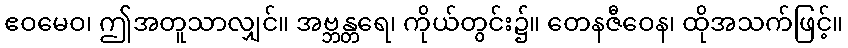
ဧဝမေဝ၊ ဤအတူသာလျှင်။ အဗ္ဘန္တရေ၊ ကိုယ်တွင်း၌။ တေနဇီဝေန၊ ထိုအသက်ဖြင့်။